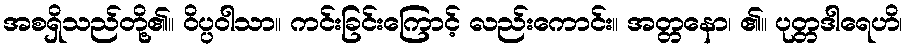
အစရှိသည်တို့၏။ ဝိပ္ပဝါသာ။ ကင်းခြင်းကြောင့် လည်းကောင်း။ အတ္တနော၊ ၏။ ပုတ္တဒါရေဟိ၊